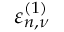
\varepsilon _ { n , \nu } ^ { ( 1 ) }